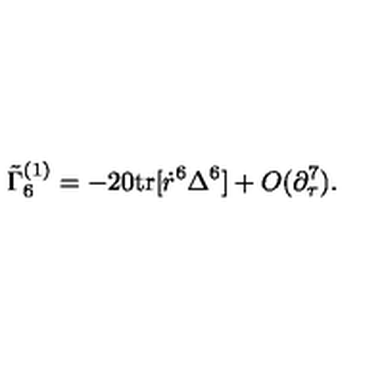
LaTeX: \tilde { \Gamma } _ { 6 } ^ { ( 1 ) } = - 2 0 \mathrm { t r } [ \dot { r } ^ { 6 } \Delta ^ { 6 } ] + O ( \partial _ { \tau } ^ { 7 } ) .